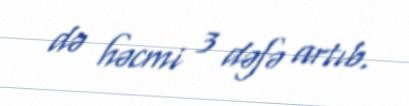
də həcmi 3 dəfə artıb.